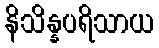
နိသိန္နပရိသာယ